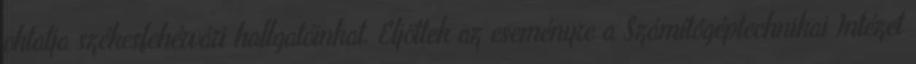
oktatja székesfehérvári hallgatóinkat. Eljöttek az eseményre a Számítógéptechnikai Intézet